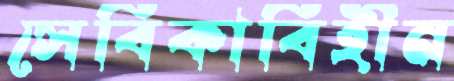
সেবিকাবিহীন